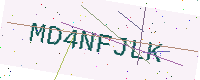
Text: MD4NFJLK